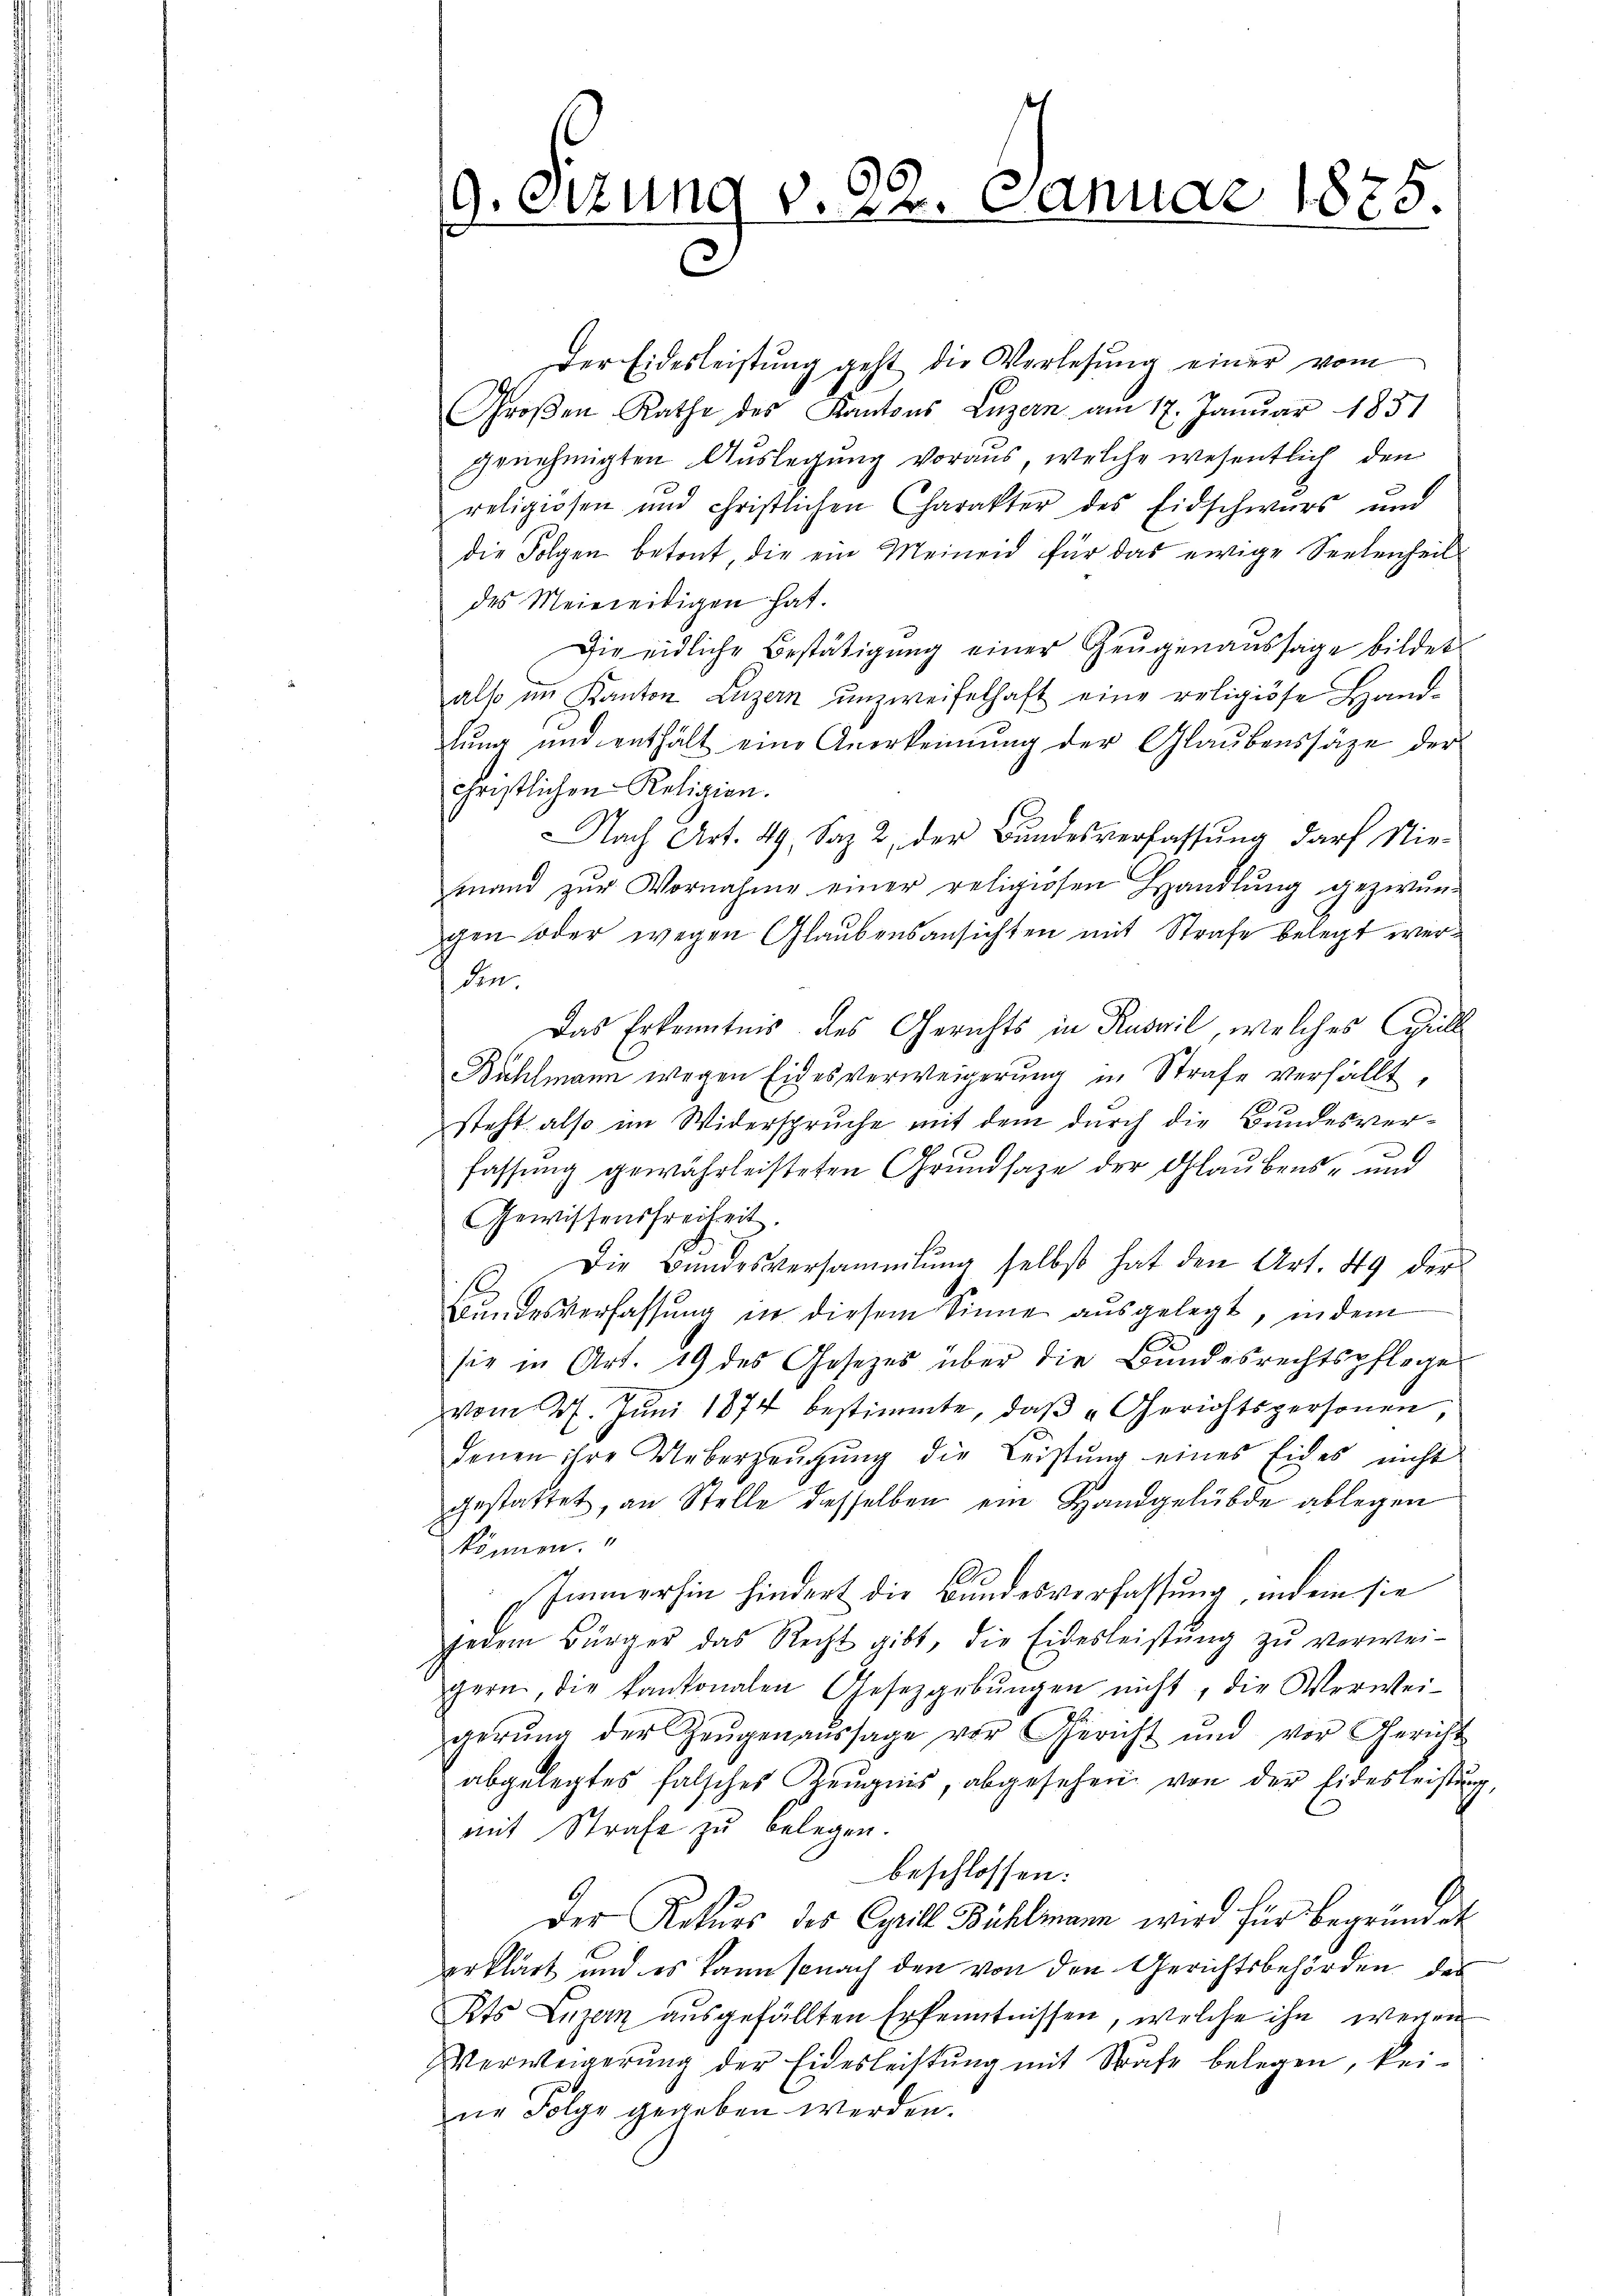
9. Sitzung v. 22. Januar 1885.

Der Eidesleistung geht die Vorlesung einer vom
Groβen-Rathe des Kantons Luzern am 17. Januar 1831
genehmigten Auslegung voraus, welche wesentlich den
religiösen und christlichen Charakter des Eidschwars und
die Folgen betont, die ein Meineid für das ewige Seelenheit
des Meiereitigen hat.
Die eidliche Bestätigung einer Zeŭgenaŭssage bilder
also im Kanton Luzern unzweifelhaft eine religiöse Hand-
lŭng und enthält eine Anerkennung der Glaŭbenssätze der
christlichen Religion.
NNach Art. 49, Saz 2, der Bundesverfassung darf Niemand zŭr Vornahme einer religiosen Handlŭng gezwun-
gen oder wegen Glaubensansichten mit Strafe belegt werden.
Das Erkenntnis des Gerichts in Kuonil, welches Spill
Bühlmann wegen Eides verweigerung in Strafe verfällt,
steht also im Widerspruche mit dem durch die Bundesverfassung gewährleisteten Grundsaze der Glaubens- und
Gewissensfreiheit.
 Die Bandesversammlung selbst hat den Art. 49 der
Bundesverfassung in diesem Sinne ausgelegt, indem
sie in Art. 19 des Gesetzes über die Bundesrechtspflege
vom 27. Jŭni 1874 bestimmte, daβ „Gerichtspersonen
denen ihre Ueberzeugung die Leistung eines Eides nicht
gestattet, an Stelle diesselben ein Handgelübde ablegen
können.
Immerhin hindert die Bundesverfassung, indem sie
jedem Bürger das Recht gibt, die Eidesleistŭng zŭ verwei-
gern, die kantonalen Gesetzgebŭngen nicht, die Verwei-
gerŭng der Zeŭgenaŭssage vor Gericht und vor Gericht
abgelegtes falsches Zeugnis, abgesehen von der Eidesleistung,
mit Strafe zu belegen.
beschlossen:
2
Der Rekurs des Cyrill Bühlmann wird für begründet
erklärt und es kann sonach den von den Gerichtsbehörden des
Kts Luzern ausgefällten Erkenntnissen, welche ihn wegen
Verweigerŭng der Eidesleistŭng mit Strafe belegen, keine Folge gegeben werden.